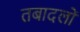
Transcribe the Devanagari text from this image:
तबादलों